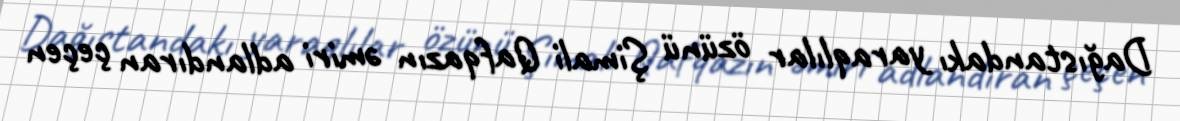
Dağıstandakı yaraqlılar özünü Şimali Qafqazın əmiri adlandıran çeçen